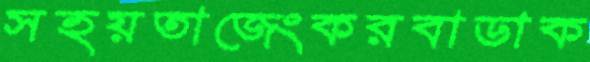
সহয়তাজেংকরবাডাক